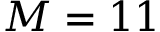
M = 1 1